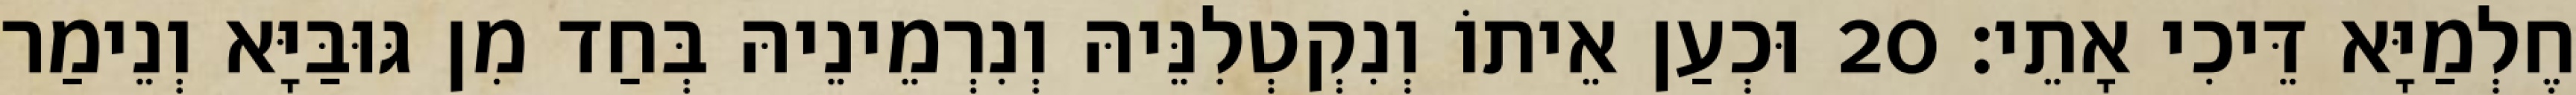
חֶלְמַיָּא דֵּיכִי אָתֵי׃ 20 וּכְעַן אֵיתוֹ וְנִקְטְלִנֵּיהּ וְנִרְמֵינֵיהּ בְּחַד מִן גּוּבַּיָּא וְנֵימַר